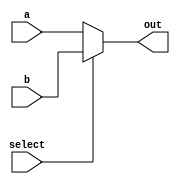
module Mux_2x1_5bit(input wire [4:0] a, input wire [4:0] b, input wire select, output reg[4:0] out);
	always @(*)
		begin 
			if(select)
				out = b;
			else out = a;
		end
endmodule